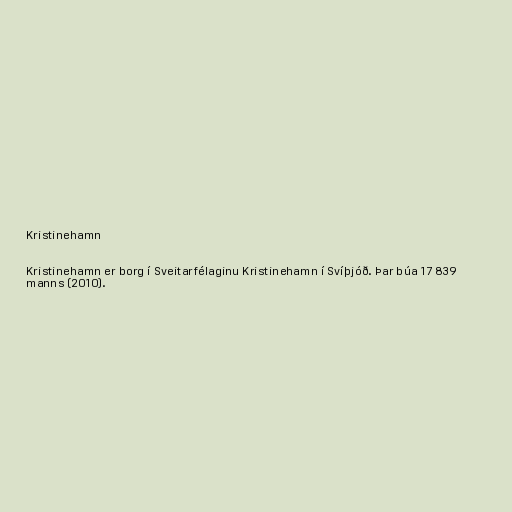
Kristinehamn

Kristinehamn er borg í Sveitarfélaginu Kristinehamn í Svíþjóð. Þar búa 17 839
manns (2010).